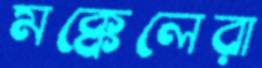
মক্কেলেরা